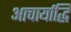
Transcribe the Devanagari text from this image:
आचार्याद्धि